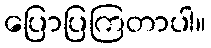
ပြောပြကြတာပါ။